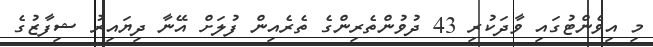
މި އިވެންޓުގައި ވާދަކުރި 43 ދުވުންތެރިންގެ ތެރެއިން ފުލަށް އޭނާ ދިޔައިރު ޝިފާޒުގެ